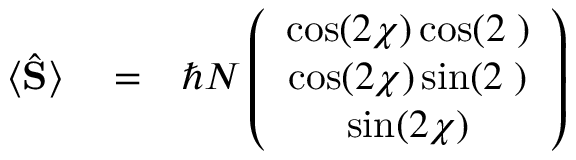
\begin{array} { r l r } { \langle \hat { \bf S } \rangle } & { { } = } & { \hbar N \left( \begin{array} { c } { \cos ( 2 \chi ) \cos ( 2 { \it \Psi } ) } \\ { \cos ( 2 \chi ) \sin ( 2 { \it \Psi } ) } \\ { \sin ( 2 \chi ) } \end{array} \right) } \end{array}